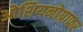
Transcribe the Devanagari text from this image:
ओशियनोग्राफर